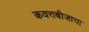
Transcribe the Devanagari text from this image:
कवचबीजाचा